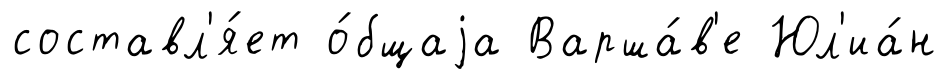
составл'я́ет о́бщаjа Варша́в'е Юл'иа́н